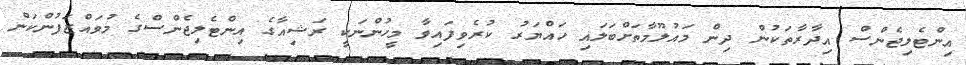
އިންޓެލިޖެންސް އިދާރާތަކުން ދިން މައުލޫމާތަށްބަލައި ހައްޔަރު ކުރެވިފައިވާ މީހުންނަކީ ރަޝިއާގެ އިންޓެލިޖެންސްގެ މުވައްޒަފުންކަން